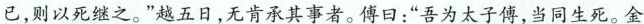
已，则以死继之。”越五日，无肯承其事者。傅日：”吾为太子傅，当同生死。金